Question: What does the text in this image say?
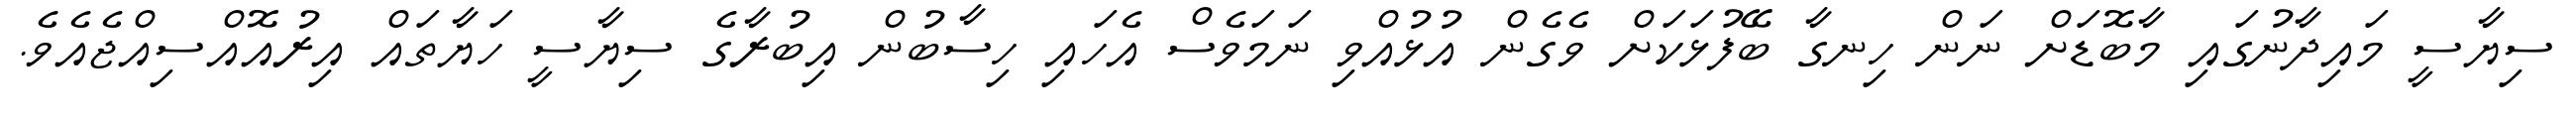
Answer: ސިޔާސީ މައިދާނުގައި މާބޮޑަށް ނަން ހިނގާ ބޭފުޅަކަށް ވެގެން އުޅުއްވި ނަމަވެސް އެހައި ހިސާބުން އިބުރާގެ ސިޔާސީ ހަޔާތައް އިރުއޮއްސިއްޖެއެވެ.